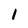
Character: 1